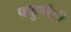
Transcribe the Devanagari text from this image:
पाहुणेही